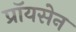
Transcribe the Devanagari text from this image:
प्रॉयसेन